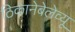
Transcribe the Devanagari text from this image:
ठिकानेबेलेव्यू